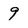
Character: 9